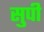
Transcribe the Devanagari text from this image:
सुपी